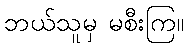
ဘယ်သူမှ မစီးကြ။